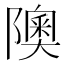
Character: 隩